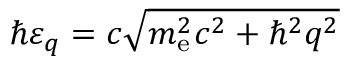
\hbar \varepsilon _ { q } = c \sqrt { m _ { \mathrm { e } } ^ { 2 } c ^ { 2 } + \hbar ^ { 2 } q ^ { 2 } }